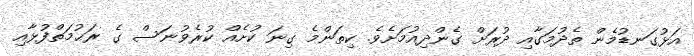
އަޅުގަނޑުމެން ތެދުމަގާއި ދުރަށް ގެންދިއުމަށެވެ. ކިތަންމެ ގިނަ ކުށެއް ކުރެވުނަސް ގެ ރަޙުމަތްފުޅާއި